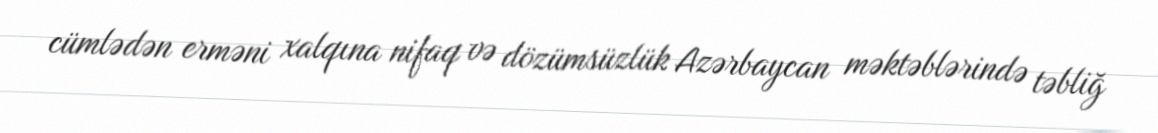
cümlədən erməni xalqına nifaq və dözümsüzlük Azərbaycan məktəblərində təbliğ